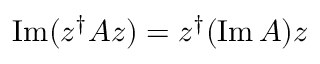
\operatorname { I m } ( z ^ { \dagger } A z ) = z ^ { \dagger } ( \operatorname { I m } A ) z